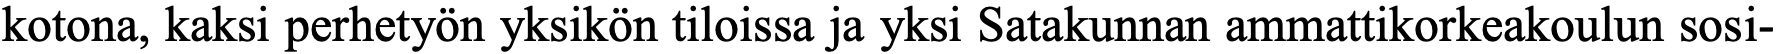
kotona, kaksi perhetyön yksikön tiloissa ja yksi Satakunnan ammattikorkeakoulun sosi-